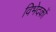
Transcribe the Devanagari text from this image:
विभेदकों